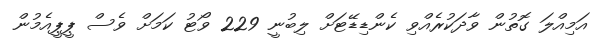
އަމިއްލަ ގޮތުން ވާދަކުރެއްވި ކެންޑިޑޭޓަށް ލިބުނީ 229 ވޯޓު ކަމަށް ވެސް ޕީޕީއެމުން